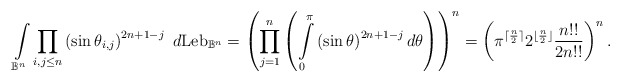
\begin{align*}\int\limits_{\mathbb{B}^n} \prod\limits_{i,j\leq n} \left( \sin \theta_{i,j}\right)^{2n+1-j} \ d{\rm Leb}_{\mathbb{B}^n} = \left(\prod\limits_{j=1}^n \left(\int\limits_0^{\pi} \left( \sin \theta \right)^{2n+1-j} d\theta \right)\right)^n = \left(\pi ^{\lceil{\frac{n}{2} \rceil}} 2^{\lfloor{\frac{n}{2}} \rfloor} \frac{n!!}{2n!!}\right)^n.\end{align*}